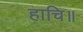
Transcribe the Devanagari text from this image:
हाचि॥